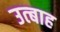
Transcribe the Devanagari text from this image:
उत्बाह